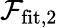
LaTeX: \mathcal{F}_{\mathrm{fit},2}